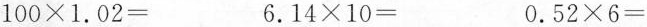
100\times1.02= 6.14\times10= 0.52\times6=